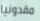
مقدونيا